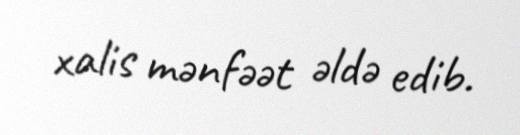
xalis mənfəət əldə edib.